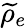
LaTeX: {\widetilde\rho}_{e}